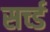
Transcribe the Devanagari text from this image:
सर्च्ड